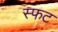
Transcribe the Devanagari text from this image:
स्फट